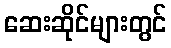
ဆေးဆိုင်များတွင်